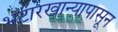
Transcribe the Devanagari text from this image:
भटारखान्यापासून